Madras plague regulations in force outside the Presidency town - Volume 5
Disease focus: Plague
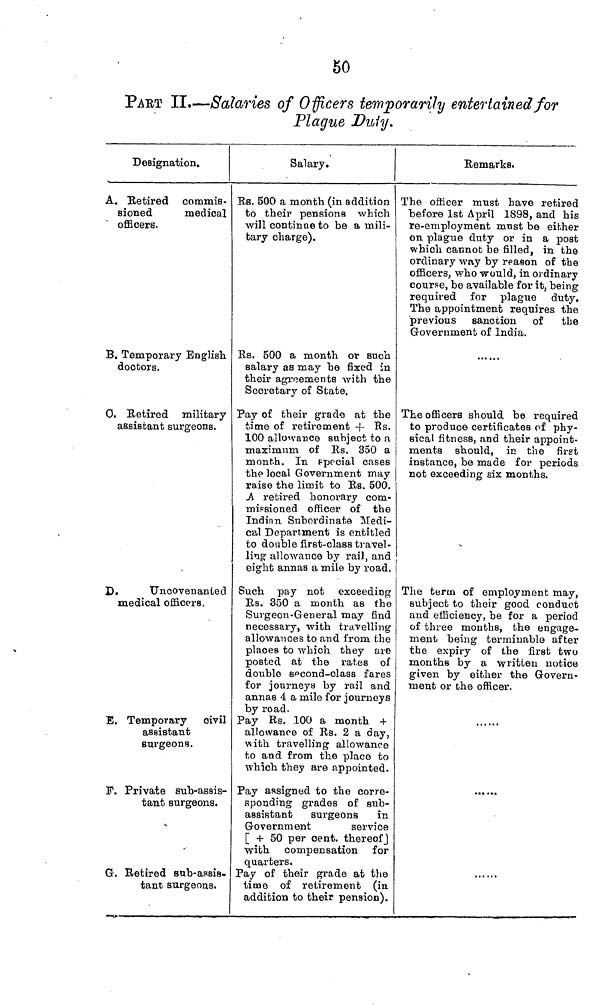
50
PART II.—Salaries of Officers temporarily entertained for
Plague Duty.
Designation.
A. Retired commis-
sioned
medical
officers.
B. Temporary English
doctors.
C. Retired military
assistant surgeons.
D.
Uncovenanted
medical officers.
B, Temporary civil
assistant
surgeons.
F. Private sub-assis-
tant surgeons.
G. Retired sub-assis-
tant surgeons.
Salary.
Rs. 500 a month (in addition
to their pensions which
will continue to be a mili-
tary charge).
Rs. 500 a month or such
salary as may be fixed in
their agreements with the
Secretary of State.
Pay of their grade at the
time of retirement + Rs.
100 allowance subject to a
maximum of Rs. 350 a
month. In special cases
the local Government may
raise the limit to Rs. 500.
A retired honorary com-
missioned officer of the
Indian Subordinate Medi-
cal Department is entitled
to doable first-class travel-
ling allowance by rail, and
eight annas a mile by road.
Such pay not exceeding
Rs. 350 a month as the
Surgeon-General may find
necessary, with travelling
allowances to and from the
places to which they are
posted at the rates of
double second-class fares
for journeys by rail and
annas 4 a mile for journeys
by road.
Pay Rs. 100 a month +
allowance of Rs. 2 a day,
with travelling allowance
to and from the place to
which they are appointed.
Pay assigned to the corre-
sponding grades of sub-
assistant surgeons
in
Government
service
[ + 50 per cent. thereof]
with compensation for
quarters.
Pay of their grade at the
time of retirement (in
addition to their pension).
Remarks.
The officer must have retired
before 1st April 1898, and his
re-employment must be either
on plague duty or in a post
which cannot be filled, in the
ordinary way by reason of the
officers, who would, in ordinary
course, be available for it, being
required for plague duty.
The appointment requires the
previous sanction of the
Government of India.
The officers should be required
to produce certificates of phy-
sical fitness, and their appoint-
ments should, in the first
instance, be made for periods
not exceeding six months.
The term of employment may,
subject to their good conduct
and efficiency, be for a period
of three months, the engage-
ment being terminable after
the expiry of the first two
months by a written notice
given by either the Govern-
ment or the officer.